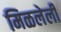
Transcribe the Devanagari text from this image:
मिळलेली